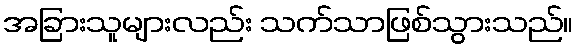
အခြားသူများလည်း သက်သာဖြစ်သွားသည်။